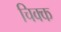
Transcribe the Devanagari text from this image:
चिक्क